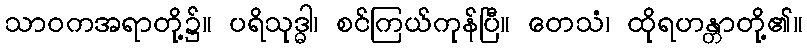
သာဝကအရာတို့၌။ ပရိသုဒ္ဓါ၊ စင်ကြယ်ကုန်ပြီ။ တေသံ၊ ထိုရဟန္တာတို့၏။